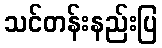
သင်တန်းနည်းပြ